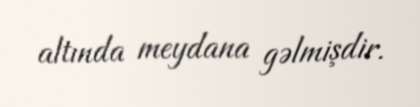
altında meydana gəlmişdir.